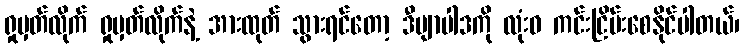
ရှုမှတ်လိုက် ရှုမှတ်လိုက်နဲ့ အားထုတ် သွားရင်တော့ ဒီဗျာပါဒကို လုံးဝ ကင်းငြိမ်းစေနိုင်ပါတယ်၊